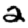
Digit: 2